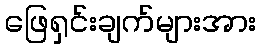
ဖြေရှင်းချက်များအား